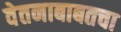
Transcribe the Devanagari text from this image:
वेतनाबाबतचा